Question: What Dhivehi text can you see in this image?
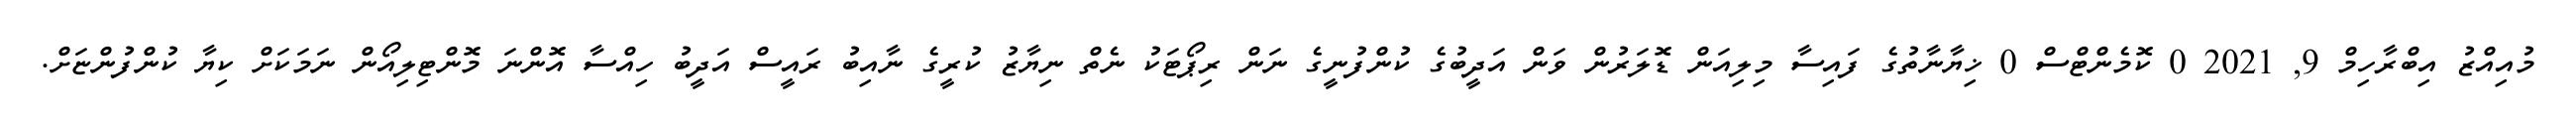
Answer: މުއިއްޒު އިބްރާހިމް 9, 2021 0 ކޮމެންޓްސް 0 ޚިޔާނާތުގެ ފައިސާ މިލިއަން ޑޮލަރުން ވަން އަދީބުގެ ކުންފުނީގެ ނަން ރިޕޯޓަކު ނެތް ނިޔާޒު ކުރީގެ ނާއިބު ރައީސް އަދީބު ހިއްސާ އޮންނަ މޮންޓިލިއޯން ނަމަކަށް ކިޔާ ކުންފުންޏަށް.